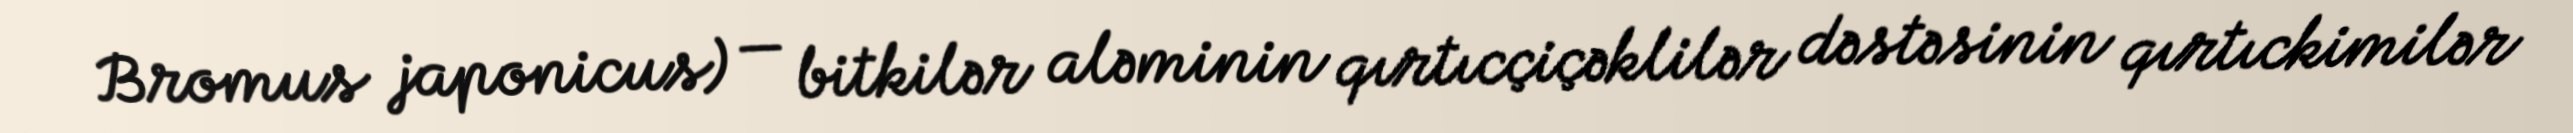
Bromus japonicus) — bitkilər aləminin qırtıcçiçəklilər dəstəsinin qırtıckimilər